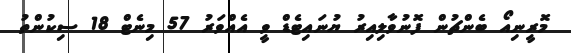
މޮރީނިއޯ ބެންޗުން ފޮނުވާލިއިރު ޔުނައިޓެޑް ވީ އެއްވަރު 57 މިނެޓް 18 ސިކުންތު